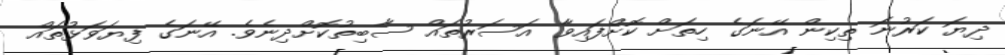
ދިޔަ ކަރުނަ ތިކިން އޭނަގެ ހިތަށް ކޮށްފައިވާ އަސަރުތައް ސާބިތުކޮށްދިނެވެ. އޭނަގެ ފިޔަވަޅުތައް